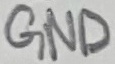
Text: GND